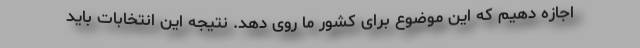
اجازه دهیم که این موضوع برای کشور ما روی دهد. نتیجه این انتخابات باید